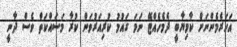
އަހަރެމެންނަށް ކާމިޔާބީ ދެމެހެއްޓޭ ނަމަ ގައުމު ކުރިއަރުވަން ކުރާ މަސައްކަތް ވެސް ދާނީ